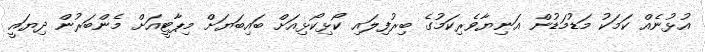
އުޅުނެއް ކަމަކު މަޑުމަޑުން އަނިޔާވެރިކަމުގެ ބިރުފިލައި ކޯޅިކޯޅިއަށް ބައިބަޔަށް މިޕާޓީއަށް މެންބަރުން ދިޔައީ